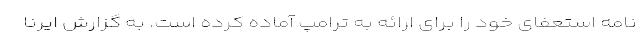
نامه استعفای خود را برای ارائه به ترامپ آماده کرده است. به گزارش ایرنا